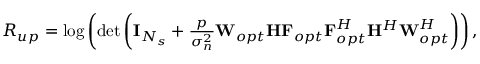
\begin{array} { r } { { R _ { u p } } = \log \left( \operatorname* { d e t } \bigg ( \mathbf { I } _ { N _ { s } } + \frac { p } { \sigma _ { n } ^ { 2 } } { { { { { \mathbf { W } } _ { o p t } } } } { \mathbf { H } } { { \mathbf { F } } _ { o p t } } } { { { \mathbf { F } } _ { o p t } ^ { H } } { { \mathbf { H } } ^ { H } } { { { \mathbf { W } } _ { o p t } ^ { H } } } } \bigg ) \right) , } \end{array}